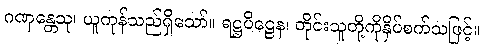
ဂဏှန္တေသု၊ ယူကုန်သည်ရှိသော်။ ရဋ္ဌပိဠေန၊ တိုင်းသူတို့ကိုနှိပ်စက်သဖြင့်။